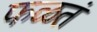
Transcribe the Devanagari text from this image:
फळतं